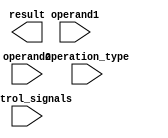
module extended_precision_float_unit (
    input wire [63:0] operand1,
    input wire [63:0] operand2,
    input wire [2:0] operation_type,
    input wire [3:0] control_signals,
    output reg [63:0] result
);

// Include adder, subtractor, multiplier, and divider modules here for performing arithmetic operations

// Ensure compatibility with IEEE 754 floating point standard

// Support both single and double precision operations

// Handle special cases such as overflow and underflow based on control_signals

// Efficiently perform complex mathematical operations on extended precision floating point numbers

endmodule